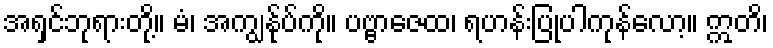
အရှင်ဘုရားတို့။ မံ၊ အကျွန်ုပ်ကို။ ပဗ္ဗာဇေထ၊ ရဟန်းပြုပါကုန်လော့။ ဣတိ၊